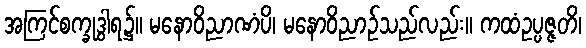
အကြင်စက္ခုဒွါရ၌။ မနောဝိညာဏံပိ၊ မနောဝိညာဉ်သည်လည်း။ ကထံဥပ္ပဇ္ဇတိ၊